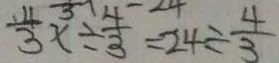
\frac { 4 } { 3 } x \div \frac { 4 } { 3 } = 2 4 \div \frac { 4 } { 3 }